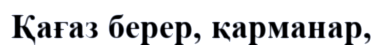
Қағаз берер, қарманар,